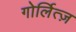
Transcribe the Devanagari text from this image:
गोर्लित्ज़